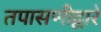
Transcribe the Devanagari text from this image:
तपासणीद्वारे